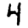
Digit: 4